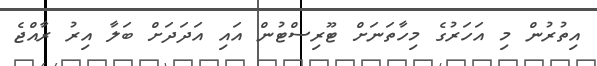
އިތުރުން މި އަހަރުގެ މިހާތަނަށް ޓޫރިސްޓުން އައި އަދަދަށް ބަލާ އިރު ރާއްޖެ